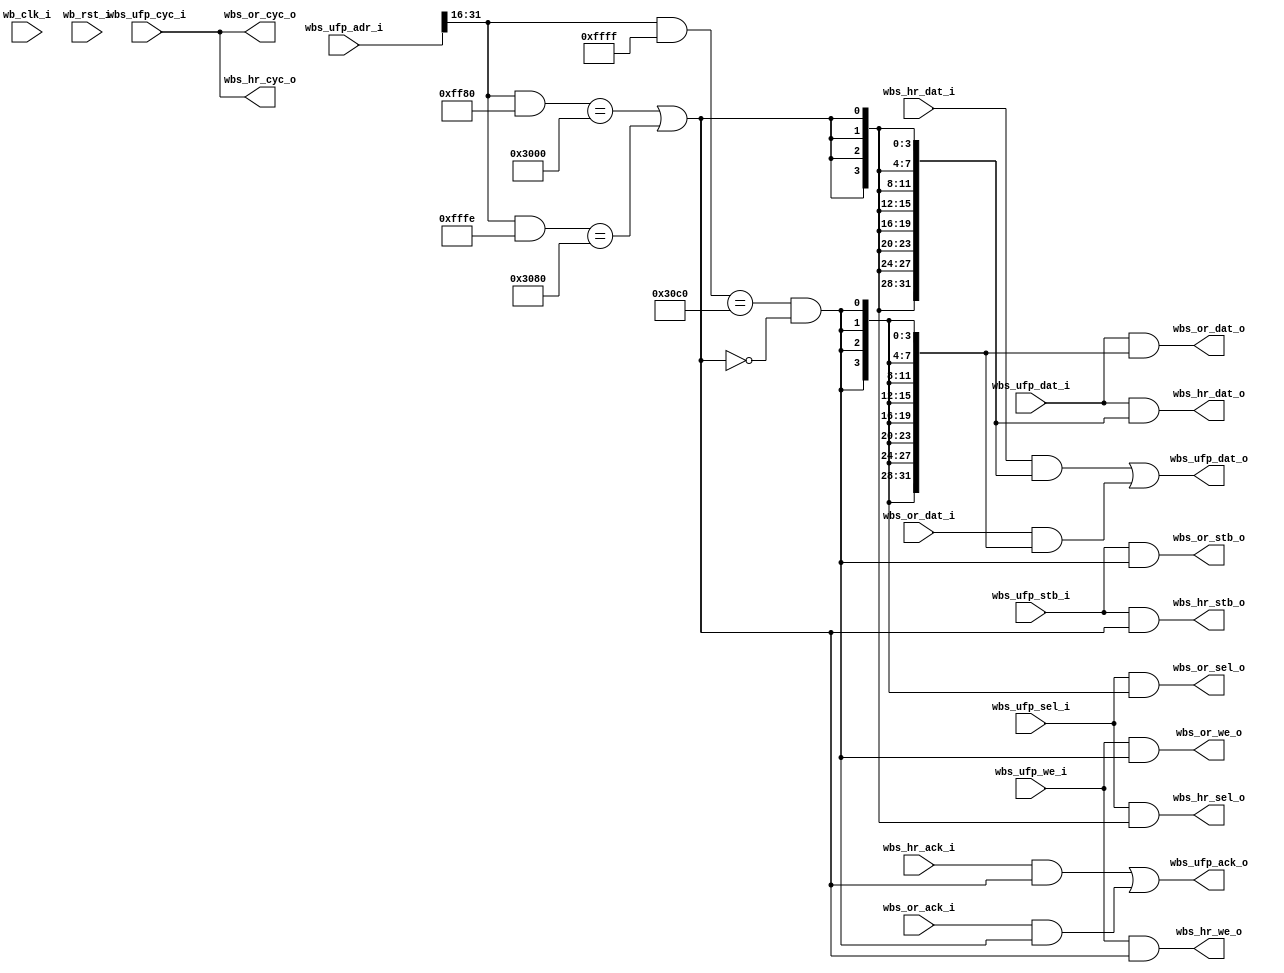
module wb_ram_bus_mux
(
`ifdef USE_POWER_PINS
    inout vccd1,	// User area 1 1.8V supply
    inout vssd1,	// User area 1 digital ground
`endif

    // Wishbone UFP (Upward Facing Port)
    input           wb_clk_i,
    input           wb_rst_i,
    input           wbs_ufp_stb_i,
    input           wbs_ufp_cyc_i,
    input           wbs_ufp_we_i,
    input   [3:0]   wbs_ufp_sel_i,
    input   [31:0]  wbs_ufp_dat_i,
    input   [31:0]  wbs_ufp_adr_i,
    output          wbs_ufp_ack_o,
    output  [31:0]  wbs_ufp_dat_o,

    // Wishbone HR (Downward Facing Port) - HyperRAM driver
    output          wbs_hr_stb_o,
    output          wbs_hr_cyc_o,
    output          wbs_hr_we_o,
    output  [3:0]   wbs_hr_sel_o,
    input   [31:0]  wbs_hr_dat_i,
//    output   [31:0]  wbs_or_adr_i,	// address connected directly from UFP
    input           wbs_hr_ack_i,
    output  [31:0]  wbs_hr_dat_o,


    // Wishbone OR (Downward Facing Port) - OpenRAM
    output          wbs_or_stb_o,
    output          wbs_or_cyc_o,
    output          wbs_or_we_o,
    output  [3:0]   wbs_or_sel_o,
    input   [31:0]  wbs_or_dat_i,
//    input   [31:0]  wbs_or_adr_i,	// address connected directly from UFP
    input           wbs_or_ack_i,
    output  [31:0]  wbs_or_dat_o

);

parameter HB_RAM_ADDR_HI_MASK = 16'hff80;
parameter HB_RAM_ADDR_HI = 16'h3000;
parameter HB_REG_CSR_ADDR_HI_MASK = 16'hfffe;
parameter HB_REG_CSR_ADDR_HI = 16'h3080;

parameter OR_ADDR_HI_MASK = 16'hffff;
parameter OR_ADDR_HI = 16'h30c0;

wire [15:0] ufp_adr_hi;
assign ufp_adr_hi = wbs_ufp_adr_i[31:16];

wire hr_select;
assign hr_select = ((ufp_adr_hi & HB_RAM_ADDR_HI_MASK) == HB_RAM_ADDR_HI) || ((ufp_adr_hi & HB_REG_CSR_ADDR_HI_MASK) == HB_REG_CSR_ADDR_HI);

wire or_select;
assign or_select = ((ufp_adr_hi & OR_ADDR_HI_MASK) == OR_ADDR_HI) && !hr_select;

// UFP -> HyperRAM
assign wbs_hr_stb_o = wbs_ufp_stb_i & hr_select;
assign wbs_hr_cyc_o = wbs_ufp_cyc_i;
assign wbs_hr_we_o = wbs_ufp_we_i & hr_select;
assign wbs_hr_sel_o = wbs_ufp_sel_i & {4{hr_select}};
assign wbs_hr_dat_o = wbs_ufp_dat_i & {32{hr_select}};

// UFP -> OpenRAM
assign wbs_or_stb_o = wbs_ufp_stb_i & or_select;
assign wbs_or_cyc_o = wbs_ufp_cyc_i;
assign wbs_or_we_o = wbs_ufp_we_i & or_select;
assign wbs_or_sel_o = wbs_ufp_sel_i & {4{or_select}};
assign wbs_or_dat_o = wbs_ufp_dat_i & {32{or_select}};

// HyperRAM or OpenRAM -> UFP
assign wbs_ufp_ack_o = (wbs_hr_ack_i & hr_select) | (wbs_or_ack_i & or_select);
assign wbs_ufp_dat_o = (wbs_hr_dat_i & {32{hr_select}}) | (wbs_or_dat_i & {32{or_select}});

endmodule